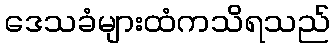
ဒေသခံများထံကသိရသည်